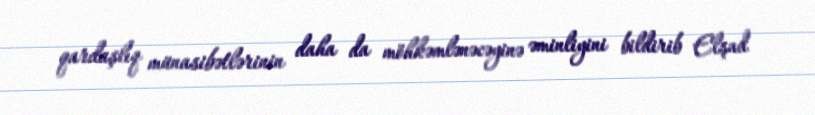
qardaşlıq münasibətlərinin daha da möhkəmlənəcəyinə əminliyini bildirib Elşad